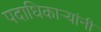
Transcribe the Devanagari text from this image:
पदाधिकार्‍यांनी